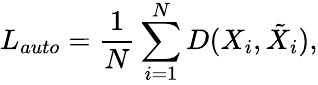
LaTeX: L_{auto}=\frac{1}{N}\sum_{i=1}^{N}{D(X_{i},\tilde{X}_{i})},